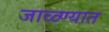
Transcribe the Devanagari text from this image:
जाळ्ण्यात